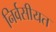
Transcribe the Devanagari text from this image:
निर्वसीयत